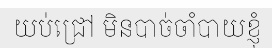
យប់ជ្រៅ មិនបាច់ចាំបាយខ្ញុំ